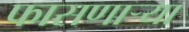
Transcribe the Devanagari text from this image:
फासणार्‍या